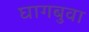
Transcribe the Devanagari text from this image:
घागबुवा